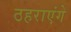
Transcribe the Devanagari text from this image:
ठहराएंगे